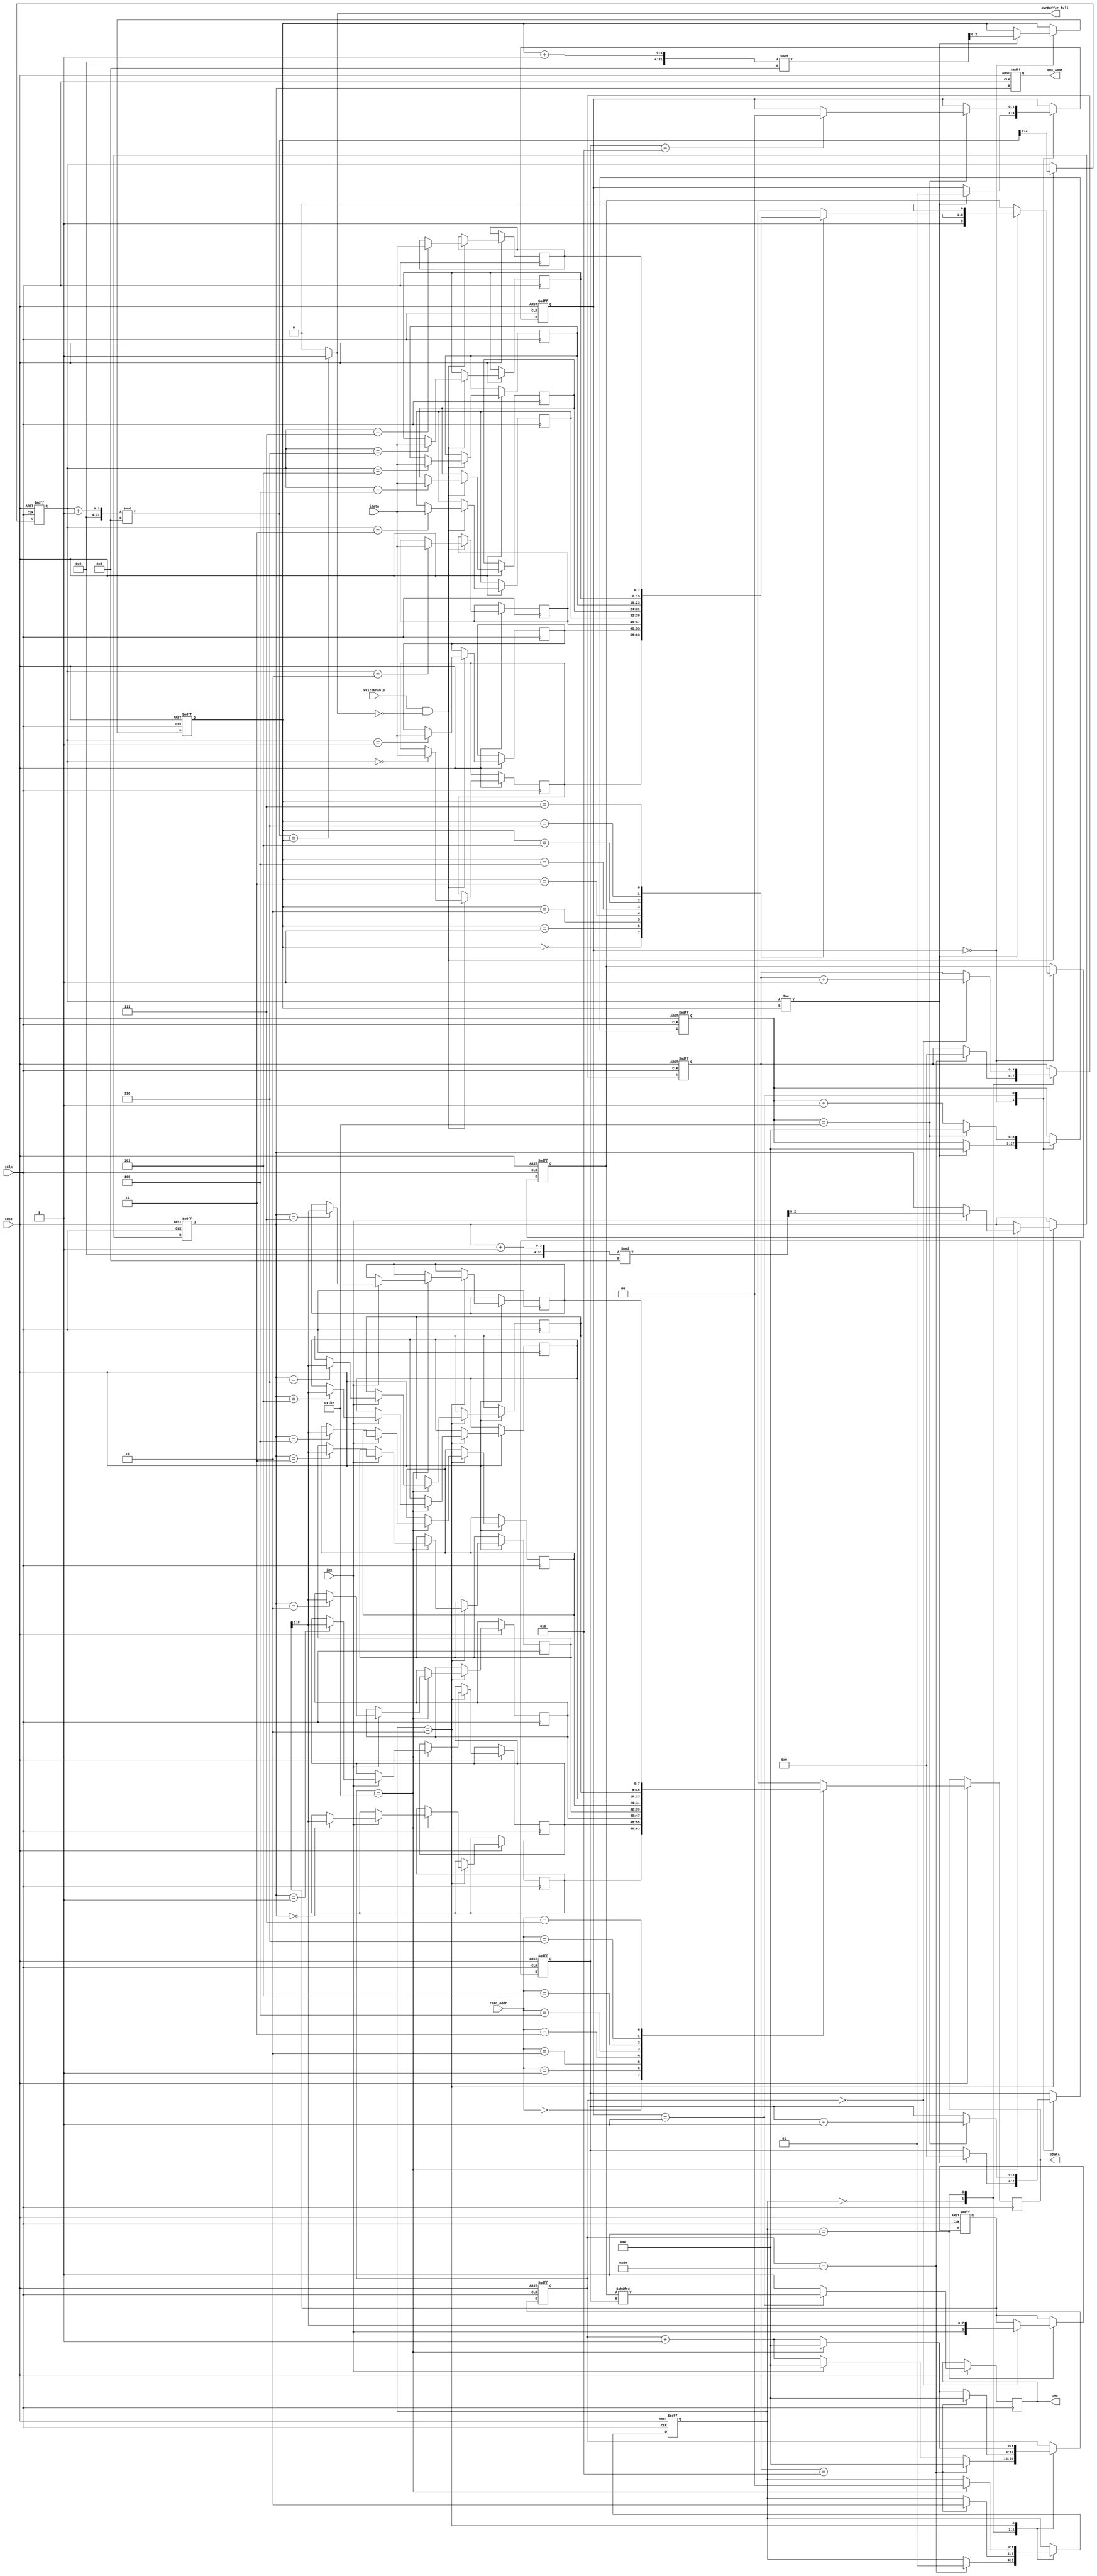
// Generated by MyHDL 0.11


`timescale 1ns/10ps

module RS232_Module (
    iClk,
    iRst,
    iRX,
    oTX,
    iData,
    WriteEnable,
    oWrBuffer_full,
    oData,
    read_addr,
    oRx_addr
);


input iClk;
input iRst;
input iRX;
output oTX;
reg oTX;
input [7:0] iData;
input WriteEnable;
output oWrBuffer_full;
wire oWrBuffer_full;
output [7:0] oData;
reg [7:0] oData;
input [2:0] read_addr;
output [2:0] oRx_addr;
reg [2:0] oRx_addr;

reg sig_WrBuffer_full;
reg [8:0] tx_counter;
reg [3:0] tx_bit_count;
reg [8:0] rx_currentData;
reg [1:0] rx_State;
reg [2:0] write_addr;
reg [2:0] rx_addr;
reg [8:0] rx_counter;
reg [1:0] tx_State;
reg [9:0] SendREG;
reg [2:0] tx_addr;
reg [3:0] rx_bit_count;
reg [7:0] Receive_RAM [0:8-1];
reg [7:0] Transmit_RAM [0:8-1];



always @(posedge iClk, negedge iRst) begin: RS232_MODULE_SEQ_LOGIC
    if ((iRst == 0)) begin
        rx_State <= 0;
        rx_counter <= 0;
        rx_currentData <= 0;
        rx_bit_count <= 0;
        rx_addr <= 0;
        oRx_addr <= 0;
        tx_State <= 0;
        tx_addr <= 0;
        write_addr <= 0;
        SendREG <= 0;
        tx_counter <= 0;
        tx_bit_count <= 0;
    end
    else begin
        oRx_addr <= rx_addr;
        oData <= Receive_RAM[read_addr];
        oTX <= 1;
        case (rx_State)
            'h0: begin
                if ((iRX == 0)) begin
                    rx_counter <= (rx_counter + 1);
                end
                else begin
                    rx_counter <= 0;
                end
                if ((rx_counter == 217)) begin
                    rx_State <= 1;
                    rx_counter <= 0;
                    rx_bit_count <= 0;
                end
            end
            'h1: begin
                rx_counter <= (rx_counter + 1);
                if ((rx_counter == 0)) begin
                    rx_currentData <= {iRX, rx_currentData[9-1:1]};
                    rx_bit_count <= (rx_bit_count + 1);
                end
                if ((rx_counter == 434)) begin
                    rx_counter <= 0;
                end
                if ((rx_bit_count == 9)) begin
                    rx_State <= 2;
                    rx_counter <= 0;
                end
            end
            'h2: begin
                rx_counter <= (rx_counter + 1);
                if ((rx_counter == 434)) begin
                    rx_State <= 0;
                    rx_counter <= 0;
                    if ((iRX == 1)) begin
                        Receive_RAM[rx_addr] <= rx_currentData[9-1:1];
                        rx_addr <= ((rx_addr + 1) % 8);
                    end
                end
            end
        endcase
        if ((WriteEnable && (!sig_WrBuffer_full))) begin
            Transmit_RAM[write_addr] <= iData;
            write_addr <= ((write_addr + 1) % 8);
        end
        case (tx_State)
            'h0: begin
                if ((write_addr != tx_addr)) begin
                    tx_counter <= 0;
                    tx_State <= 1;
                    tx_bit_count <= 0;
                    SendREG <= {1'h1, Transmit_RAM[tx_addr], 1'h0};
                    tx_addr <= ((tx_addr + 1) % 8);
                end
            end
            'h1: begin
                oTX <= SendREG[tx_bit_count];
                tx_counter <= (tx_counter + 1);
                if ((tx_counter == 434)) begin
                    tx_bit_count <= (tx_bit_count + 1);
                    tx_counter <= 0;
                    if ((tx_bit_count == 9)) begin
                        tx_State <= 0;
                    end
                end
            end
        endcase
    end
end


always @(write_addr, tx_addr) begin: RS232_MODULE_COMB_LOGIC
    if ((((write_addr + 1) % 8) == tx_addr)) begin
        sig_WrBuffer_full = 1'b1;
    end
    else begin
        sig_WrBuffer_full = 1'b0;
    end
end



assign oWrBuffer_full = sig_WrBuffer_full;

endmodule